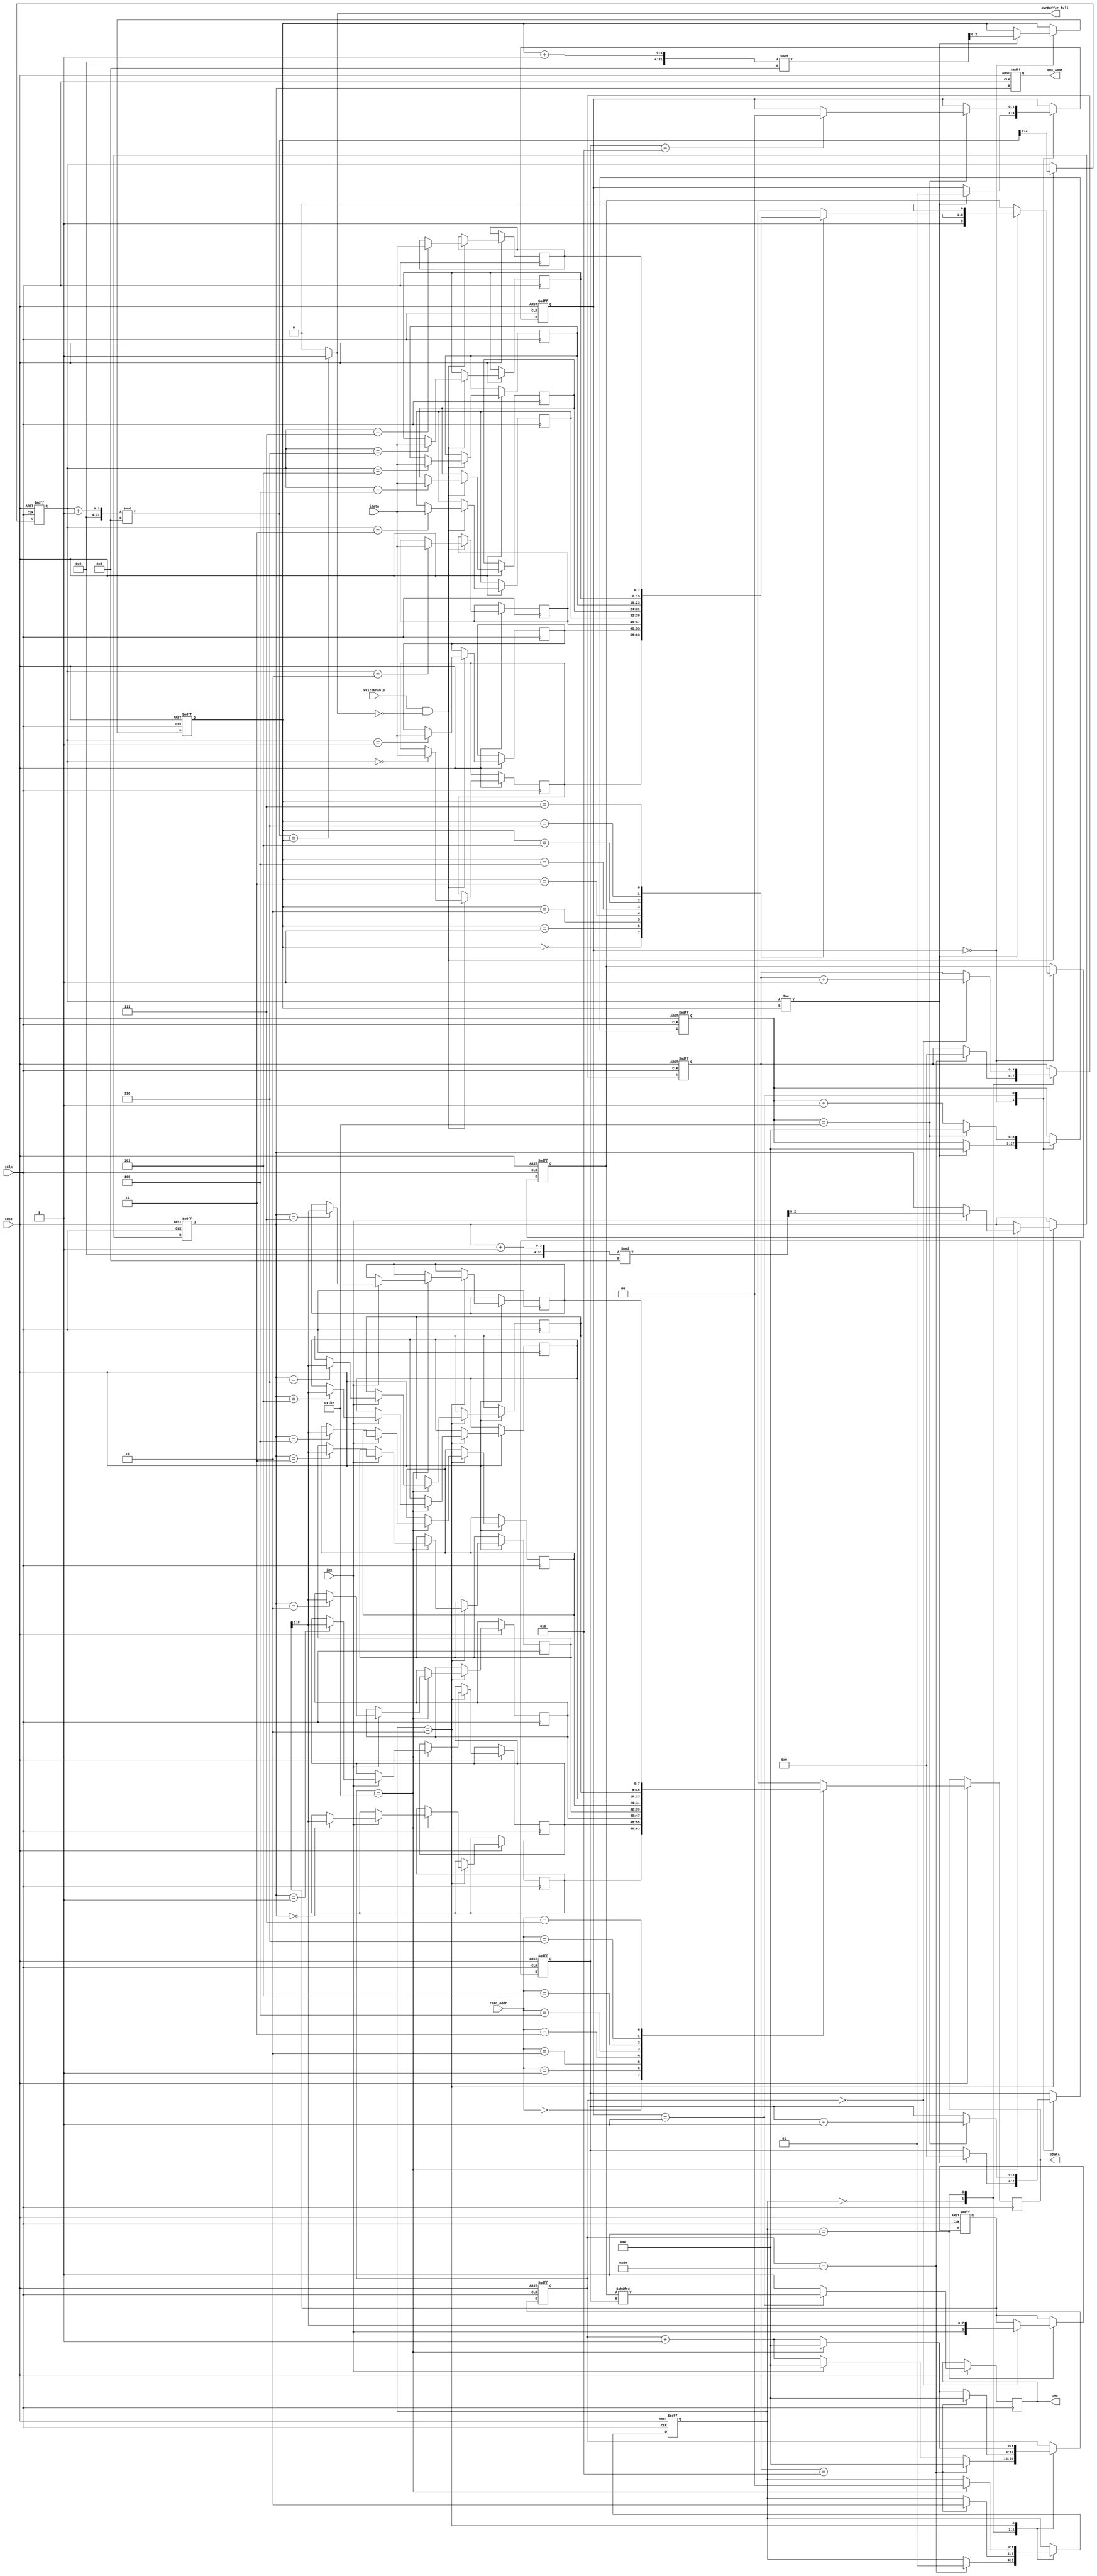
// Generated by MyHDL 0.11


`timescale 1ns/10ps

module RS232_Module (
    iClk,
    iRst,
    iRX,
    oTX,
    iData,
    WriteEnable,
    oWrBuffer_full,
    oData,
    read_addr,
    oRx_addr
);


input iClk;
input iRst;
input iRX;
output oTX;
reg oTX;
input [7:0] iData;
input WriteEnable;
output oWrBuffer_full;
wire oWrBuffer_full;
output [7:0] oData;
reg [7:0] oData;
input [2:0] read_addr;
output [2:0] oRx_addr;
reg [2:0] oRx_addr;

reg sig_WrBuffer_full;
reg [8:0] tx_counter;
reg [3:0] tx_bit_count;
reg [8:0] rx_currentData;
reg [1:0] rx_State;
reg [2:0] write_addr;
reg [2:0] rx_addr;
reg [8:0] rx_counter;
reg [1:0] tx_State;
reg [9:0] SendREG;
reg [2:0] tx_addr;
reg [3:0] rx_bit_count;
reg [7:0] Receive_RAM [0:8-1];
reg [7:0] Transmit_RAM [0:8-1];



always @(posedge iClk, negedge iRst) begin: RS232_MODULE_SEQ_LOGIC
    if ((iRst == 0)) begin
        rx_State <= 0;
        rx_counter <= 0;
        rx_currentData <= 0;
        rx_bit_count <= 0;
        rx_addr <= 0;
        oRx_addr <= 0;
        tx_State <= 0;
        tx_addr <= 0;
        write_addr <= 0;
        SendREG <= 0;
        tx_counter <= 0;
        tx_bit_count <= 0;
    end
    else begin
        oRx_addr <= rx_addr;
        oData <= Receive_RAM[read_addr];
        oTX <= 1;
        case (rx_State)
            'h0: begin
                if ((iRX == 0)) begin
                    rx_counter <= (rx_counter + 1);
                end
                else begin
                    rx_counter <= 0;
                end
                if ((rx_counter == 217)) begin
                    rx_State <= 1;
                    rx_counter <= 0;
                    rx_bit_count <= 0;
                end
            end
            'h1: begin
                rx_counter <= (rx_counter + 1);
                if ((rx_counter == 0)) begin
                    rx_currentData <= {iRX, rx_currentData[9-1:1]};
                    rx_bit_count <= (rx_bit_count + 1);
                end
                if ((rx_counter == 434)) begin
                    rx_counter <= 0;
                end
                if ((rx_bit_count == 9)) begin
                    rx_State <= 2;
                    rx_counter <= 0;
                end
            end
            'h2: begin
                rx_counter <= (rx_counter + 1);
                if ((rx_counter == 434)) begin
                    rx_State <= 0;
                    rx_counter <= 0;
                    if ((iRX == 1)) begin
                        Receive_RAM[rx_addr] <= rx_currentData[9-1:1];
                        rx_addr <= ((rx_addr + 1) % 8);
                    end
                end
            end
        endcase
        if ((WriteEnable && (!sig_WrBuffer_full))) begin
            Transmit_RAM[write_addr] <= iData;
            write_addr <= ((write_addr + 1) % 8);
        end
        case (tx_State)
            'h0: begin
                if ((write_addr != tx_addr)) begin
                    tx_counter <= 0;
                    tx_State <= 1;
                    tx_bit_count <= 0;
                    SendREG <= {1'h1, Transmit_RAM[tx_addr], 1'h0};
                    tx_addr <= ((tx_addr + 1) % 8);
                end
            end
            'h1: begin
                oTX <= SendREG[tx_bit_count];
                tx_counter <= (tx_counter + 1);
                if ((tx_counter == 434)) begin
                    tx_bit_count <= (tx_bit_count + 1);
                    tx_counter <= 0;
                    if ((tx_bit_count == 9)) begin
                        tx_State <= 0;
                    end
                end
            end
        endcase
    end
end


always @(write_addr, tx_addr) begin: RS232_MODULE_COMB_LOGIC
    if ((((write_addr + 1) % 8) == tx_addr)) begin
        sig_WrBuffer_full = 1'b1;
    end
    else begin
        sig_WrBuffer_full = 1'b0;
    end
end



assign oWrBuffer_full = sig_WrBuffer_full;

endmodule